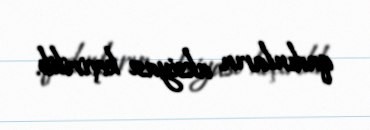
qadınların aksiyası keçirilib.